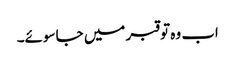
اب وہ تو قبر میں جا سوئے۔